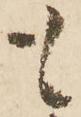
も